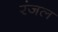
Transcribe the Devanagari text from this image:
रंजल